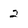
Character: 2